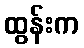
ထွန်းက